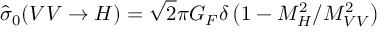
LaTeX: \hat { \sigma } _ { 0 } ( V V \to H ) = \sqrt { 2 } \pi G _ { F } \delta \left( 1 - M _ { H } ^ { 2 } / M _ { V V } ^ { 2 } \right)